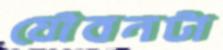
যৌবনটা